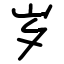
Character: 岁